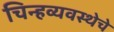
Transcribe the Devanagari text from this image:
चिन्हव्यवस्थेचे